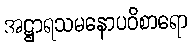
အဋ္ဌာရသမနောပဝိစာရော